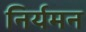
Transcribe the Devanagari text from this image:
निर्यमन